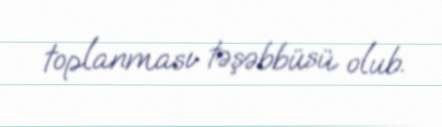
toplanması təşəbbüsü olub.